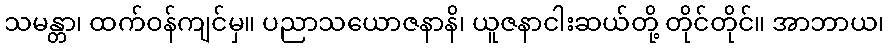
သမန္တာ၊ ထက်ဝန်ကျင်မှ။ ပညာသယောဇနာနိ၊ ယူဇနာငါးဆယ်တို့ တိုင်တိုင်။ အာဘာယ၊